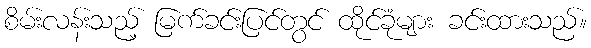
စိမ်းလန်းသည့် မြက်ခင်းပြင်တွင် ထိုင်ခုံများ ခင်းထားသည်။